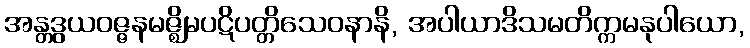
အန္တဒွယဝဇ္ဇနမဇ္ဈိမပဋိပတ္တိသေဝနာနိ, အပါယာဒိသမတိက္ကမနုပါယော,